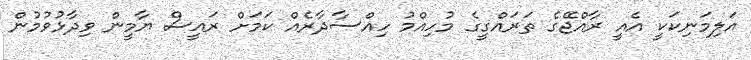
އަލިމަނިކަކީ އެއީ ރާއްޖޭގެ ތަރައްގީގެ މުހިއްމު ހިއްސާދާރެއް ކަމަށް ރައީސް ޔާމީން ވިދާޅުވުމުން